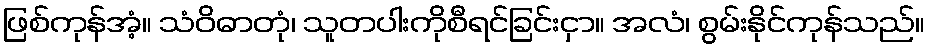
ဖြစ်ကုန်အံ့။ သံဝိဓာတုံ၊ သူတပါးကိုစီရင်ခြင်းငှာ။ အလံ၊ စွမ်းနိုင်ကုန်သည်။